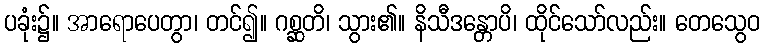
ပခုံး၌။ အာရောပေတွာ၊ တင်၍။ ဂစ္ဆတိ၊ သွား၏။ နိသီဒန္တောပိ၊ ထိုင်သော်လည်း။ တေသွေဝ